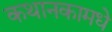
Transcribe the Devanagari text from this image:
कथानकामधे